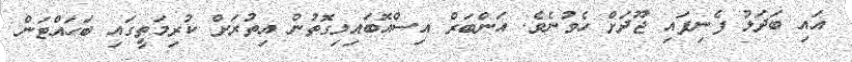
އައި ބަދަލު ފެނިފައި ޖޫދަށް ހެވުނެވެ. އަންބަރް އިސްއޮބައިލިގޮތުން އިތުރަށް ކުރިމަތީގައި ބަހައްޓަން